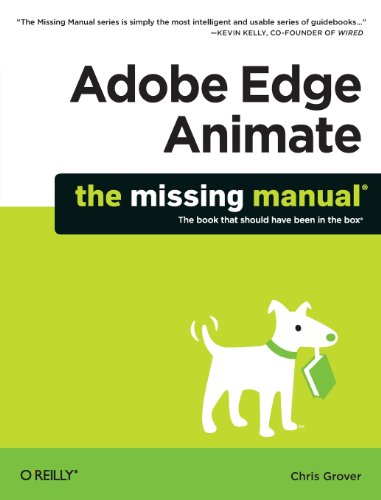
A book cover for Adobe Edge Animate: The Missing Manual; Chris Grover; Computers & Technology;